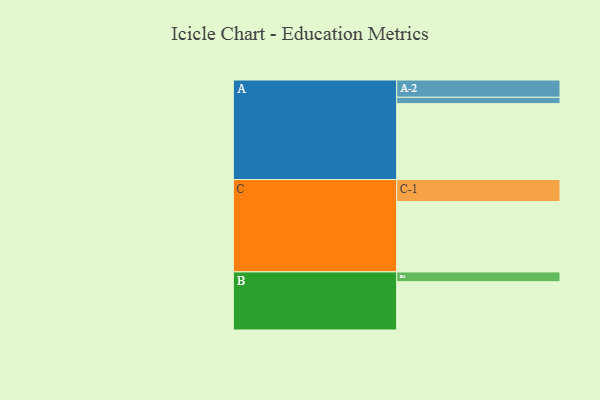
{"axis": {"x": "Segment", "y": "Value"}, "legend": ["", "A", "B", "C"], "data": [{"x": "A", "y": 597, "type": ""}, {"x": "B", "y": 380, "type": ""}, {"x": "C", "y": 554, "type": ""}, {"x": "A-1", "y": 50, "type": "A"}, {"x": "A-2", "y": 136, "type": "A"}, {"x": "B-1", "y": 77, "type": "B"}, {"x": "C-1", "y": 173, "type": "C"}]}